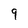
Character: 9